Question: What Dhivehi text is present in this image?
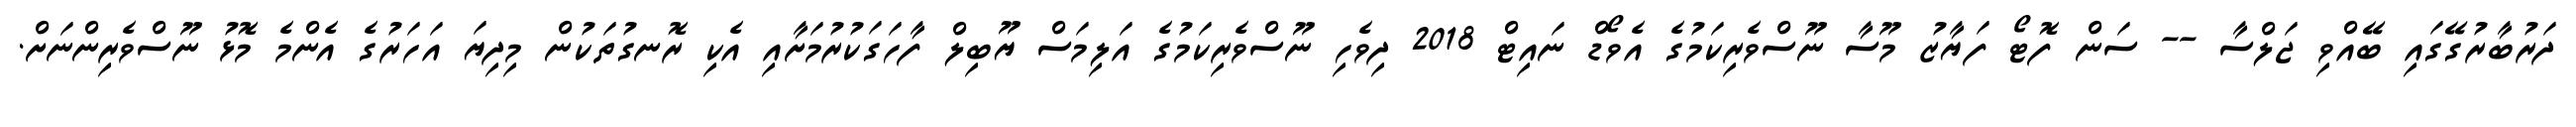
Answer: ދަރުބާރުގޭގައި ބޭއްވި ޖަލްސާ -- ސަން ފޮޓޯ ފަޔާޒު މޫސާ ނޫސްވެރިކަމުގެ އެވޯޑް ނައިޓް 2018 ދިވެހި ނޫސްވެރިކަމުގެ އަލިމަސް ޔޫބިލް ފާހަގަކުރުމަށާއި އެކި ރޮނގުތަކުން މިދިޔަ އަހަރުގެ އެންމެ މޮޅު ނޫސްވެރިންނަށް.